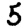
Digit: 5